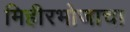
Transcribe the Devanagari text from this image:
मिहीरभोजाचा